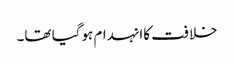
خلافت کاانہدام ہوگیا تھا۔